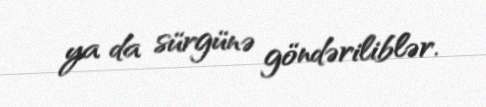
ya da sürgünə göndəriliblər.